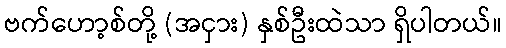
ဗက်ဟော့စ်တို့ (အငှား) နှစ်ဦးထဲသာ ရှိပါတယ်။